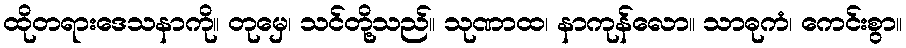
ထိုတရားဒေသနာကို။ တုမှေ၊ သင်တို့သည်။ သုဏာထ၊ နာကုန်လော။ သာဓုကံ၊ ကေင်းစွာ။